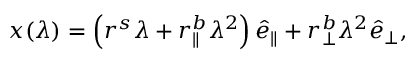
\boldsymbol { x } ( \lambda ) = \left( r ^ { s } \lambda + r _ { \parallel } ^ { b } \lambda ^ { 2 } \right) \boldsymbol { \hat { e } } _ { \parallel } + r _ { \perp } ^ { b } \lambda ^ { 2 } \boldsymbol { \hat { e } } _ { \perp } ,